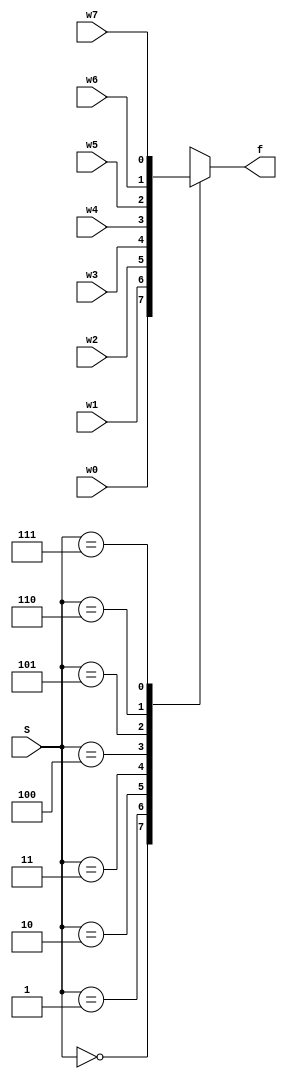
`timescale 1ns / 1ps
//////////////////////////////////////////////////////////////////////////////////
// Company: 
// Engineer: 
// 
// Design Name: 
// Module Name: Mux8_1_case
// Project Name: 
// Target Devices: 
// Tool Versions: 
// Description: 
// 
// Dependencies: 
// 
// Revision:
// Revision 0.01 - File Created
// Additional Comments:
// 
//////////////////////////////////////////////////////////////////////////////////



module Mux8_1(w7, w6, w5, w4, w3, w2, w1, w0, S, f);

    input w7, w6, w5, w4, w3, w2, w1, w0;
    input [2:0] S;
    output reg f;
    
    always @(*)
        case (S)
            0:f=w0;
            1:f=w1;
            2:f=w2;
            3:f=w3;
            4:f=w4;
            5:f=w5;
            6:f=w6;
            7:f=w7;
        endcase
        
endmodule